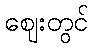
ဈေးတွင်